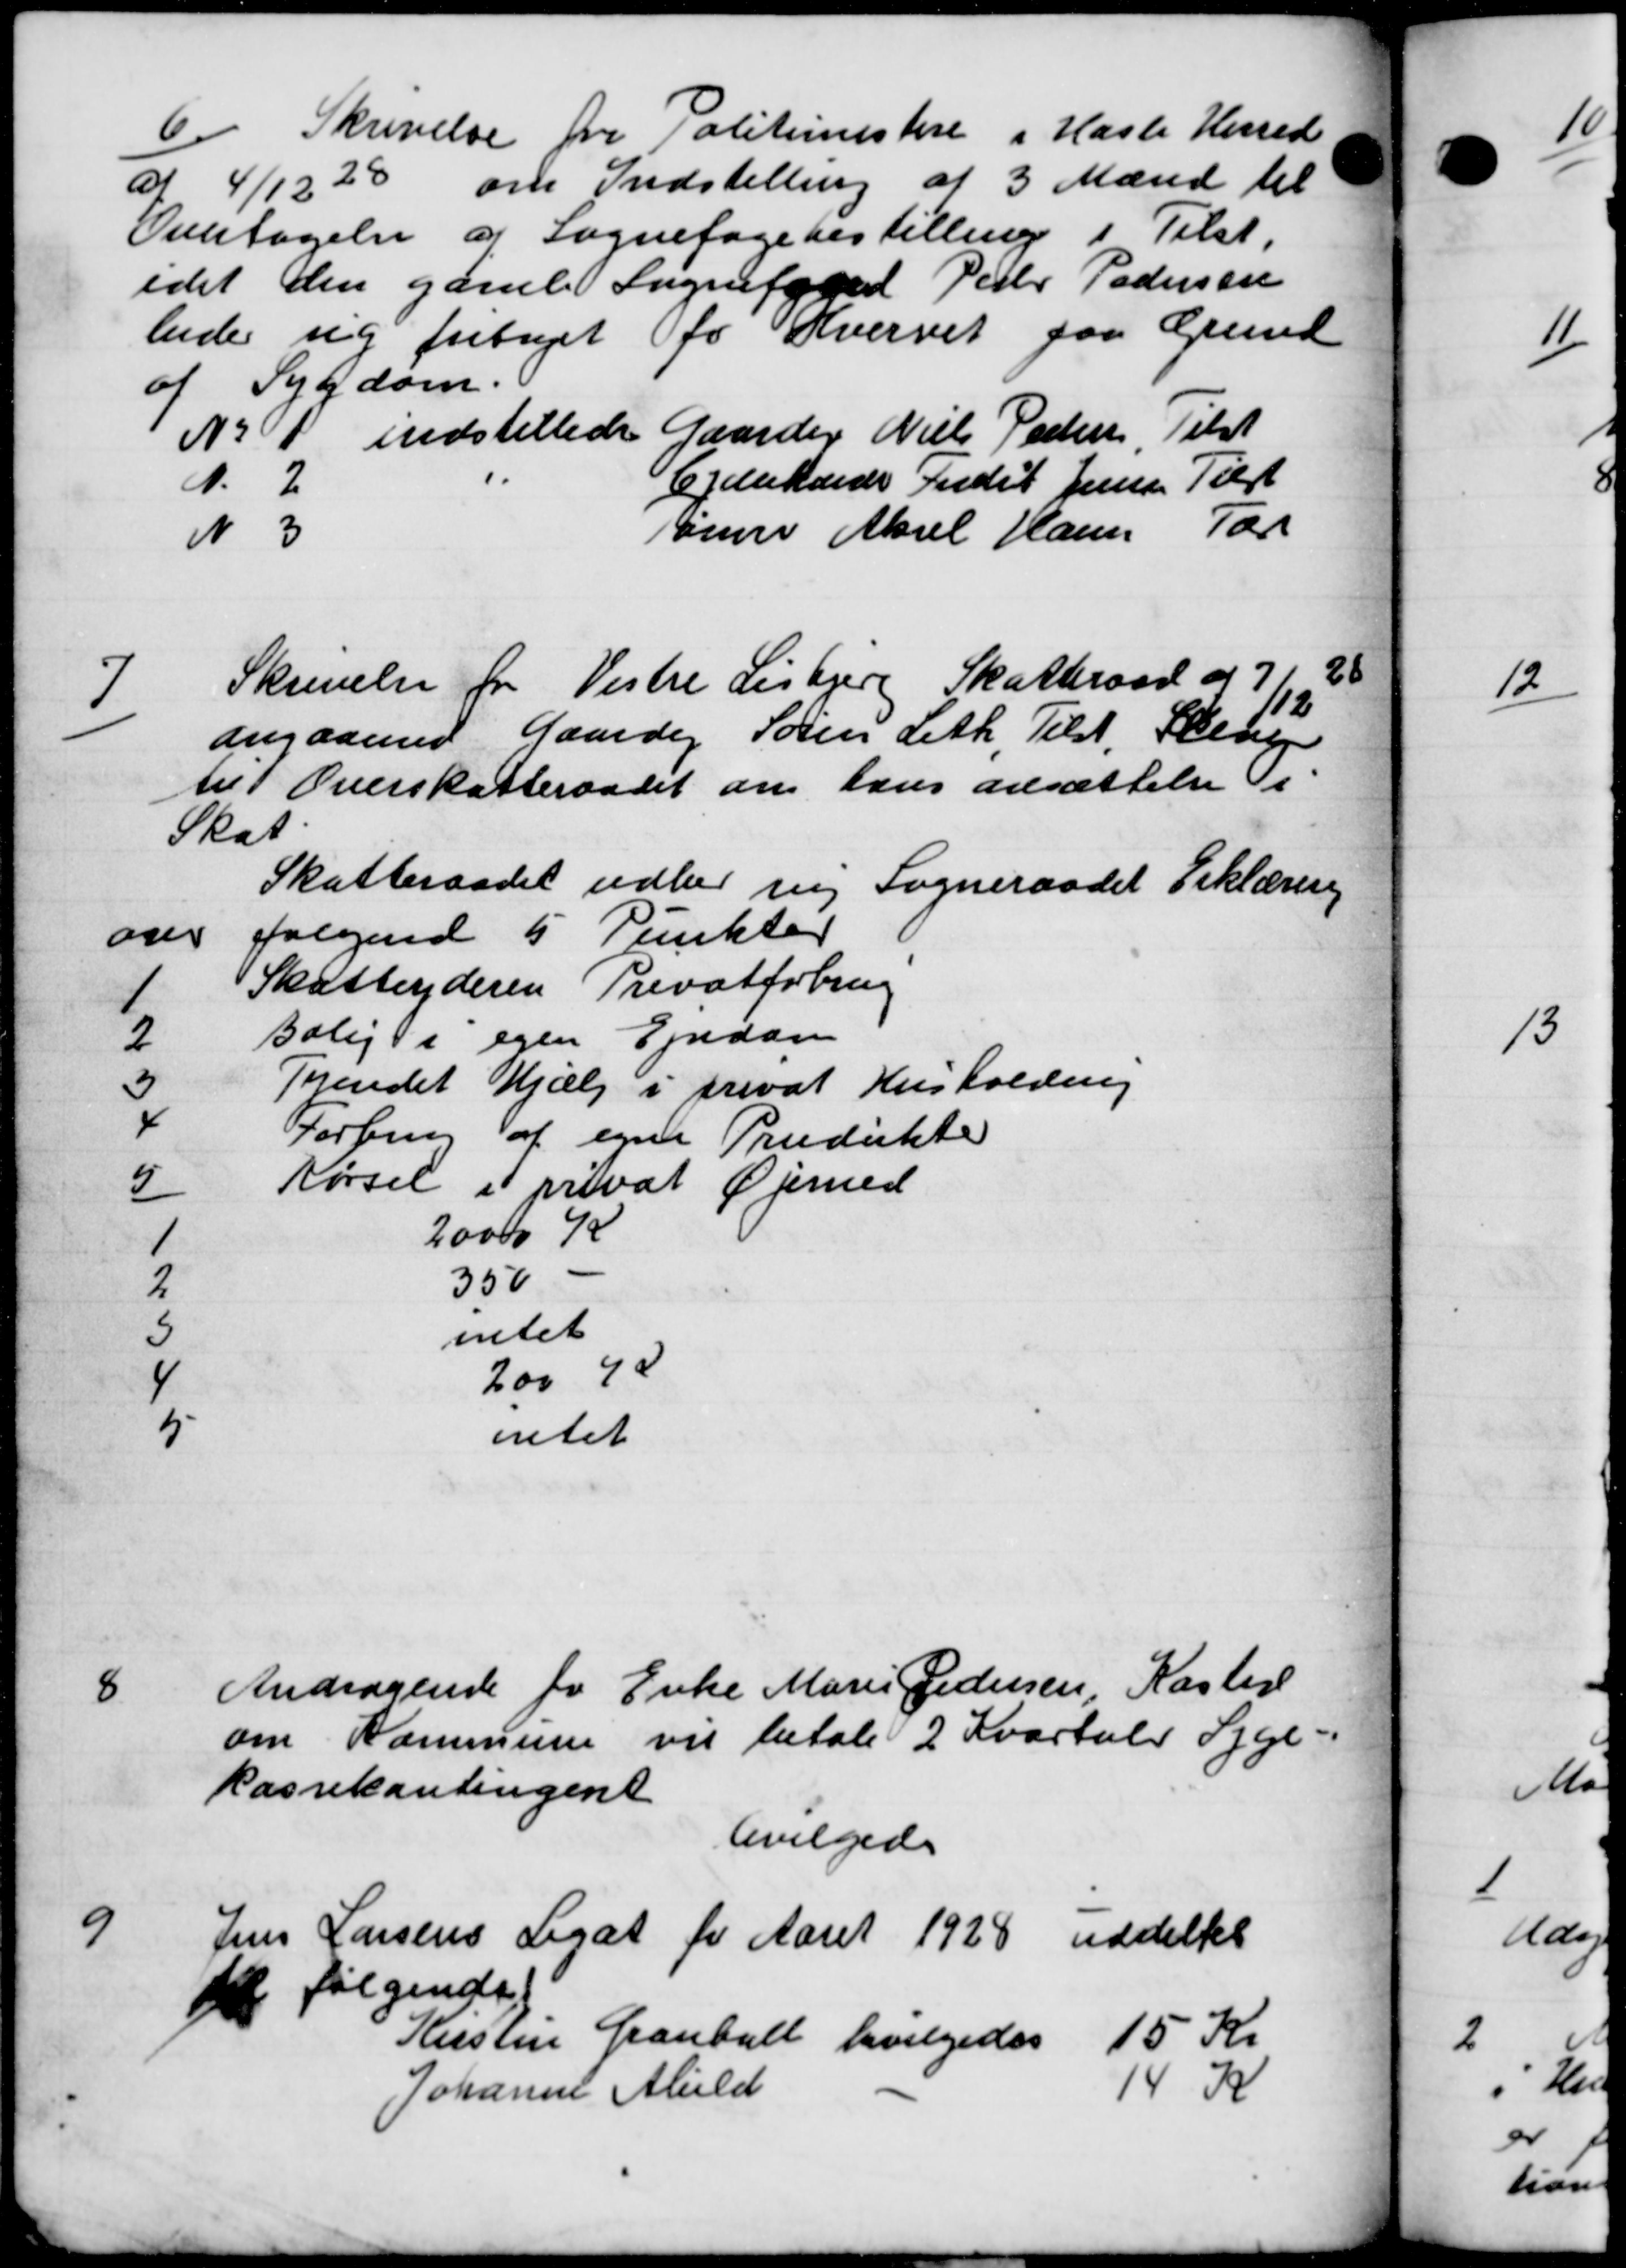
Transskription:
6
Skrivelse fra Politimestere i Hasle Herred
af 4/12 28 om Indstilling af 3 Mænd til
Overtagelse af Sognefogebestilling i Tilst.
idet den gamle Sognefoged Peter Pedersen
lede sig fritaget to Hvervet paa Grund
af Sygdom.
No 1 indstillede Gaardej Niels Pedersen Tilst
A. 2 Ejelhander Ander Jensen Tilst
N 3 Tømer Aksel Hansen Tar
7
Skrivelse for Vestre Lisbjerg Skatteraad af 712
angaaende Gaardej Søren Leth Tilst. Stere
til Overskatteraadet om hans ansættelse Ti-
Skat.
Skatteraadet udber ing Sogneraadet Erklæring
over følgende 5 Punkter
1 Skatteyderen Privatforbrug
2 Bolig i egen Ejendom
3 Tyendet Hjælp i privat Husholdning
4 Forbing af egne Produkte
5 Kørsel i privat Øjemed
1 20000 K
2.  350 -
5 intet
4 200 K
5 intet
8
Andragende for Enke Marie Pedersen, Kaster
om Kommune vil betale 2 Kvartal Syge-
kassekontingent
bevilgedes
9
Jens Larsens Legat for Aaret 1928 uddeltes
til følgende
Kirstin Grantall bevilgedes 15 Kr
Johanne Abild 14 K